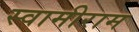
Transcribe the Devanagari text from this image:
स्वामीराम